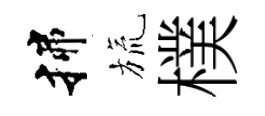
揲旒樸